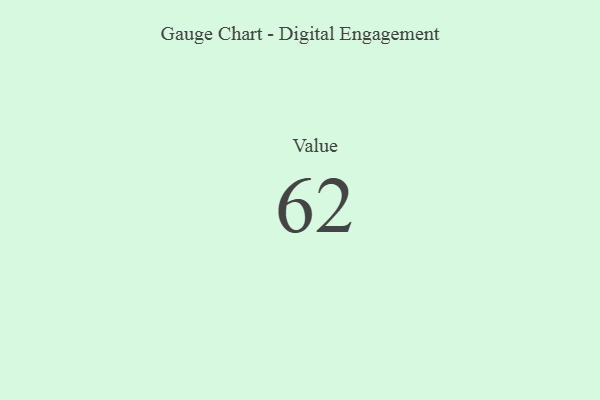
{"axis": {"x": "Metric", "y": "Value"}, "legend": [""], "data": [{"x": "Value", "y": 62, "type": ""}]}